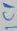
Text: C1